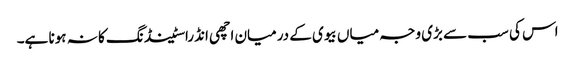
اس کی سب سے بڑی وجہ میاں بیوی کے درمیان اچھی انڈراسٹینڈنگ کا نہ ہونا ہے۔